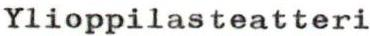
Ylioppilasteatteri